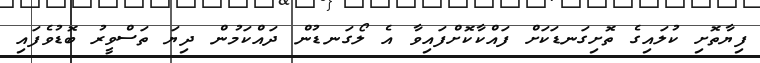
ފިޔާތޮށި ކުލައިގެ ތޮށިގަނޑަކަށް ފައްކާކޮށްފައިވާ އެ ލޯގަނޑުން ދައްކަމުން ދިޔަ ތަސްވީރު ބޮޑުވެފައި